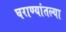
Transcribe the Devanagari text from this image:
घराण्यांतल्या